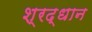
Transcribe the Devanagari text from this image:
श्रद्धान